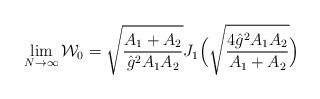
LaTeX: \begin{align*}\lim_{N\to \infty} {\cal W}_0=\sqrt{\frac{A_1+A_2}{\hat{g}^2 A_1A_2}}J_1\Bigl(\sqrt{\frac{4\hat{g}^2A_1A_2}{A_1+A_2}}\Bigr)\end{align*}